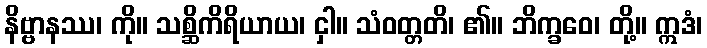
နိဗ္ဗာနဿ၊ ကို။ သစ္ဆိကိရိယာယ၊ ငှါ။ သံဝတ္တတိ၊ ၏။ ဘိက္ခဝေ၊ တို့။ ဣဒံ၊